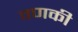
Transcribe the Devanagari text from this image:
वणकी